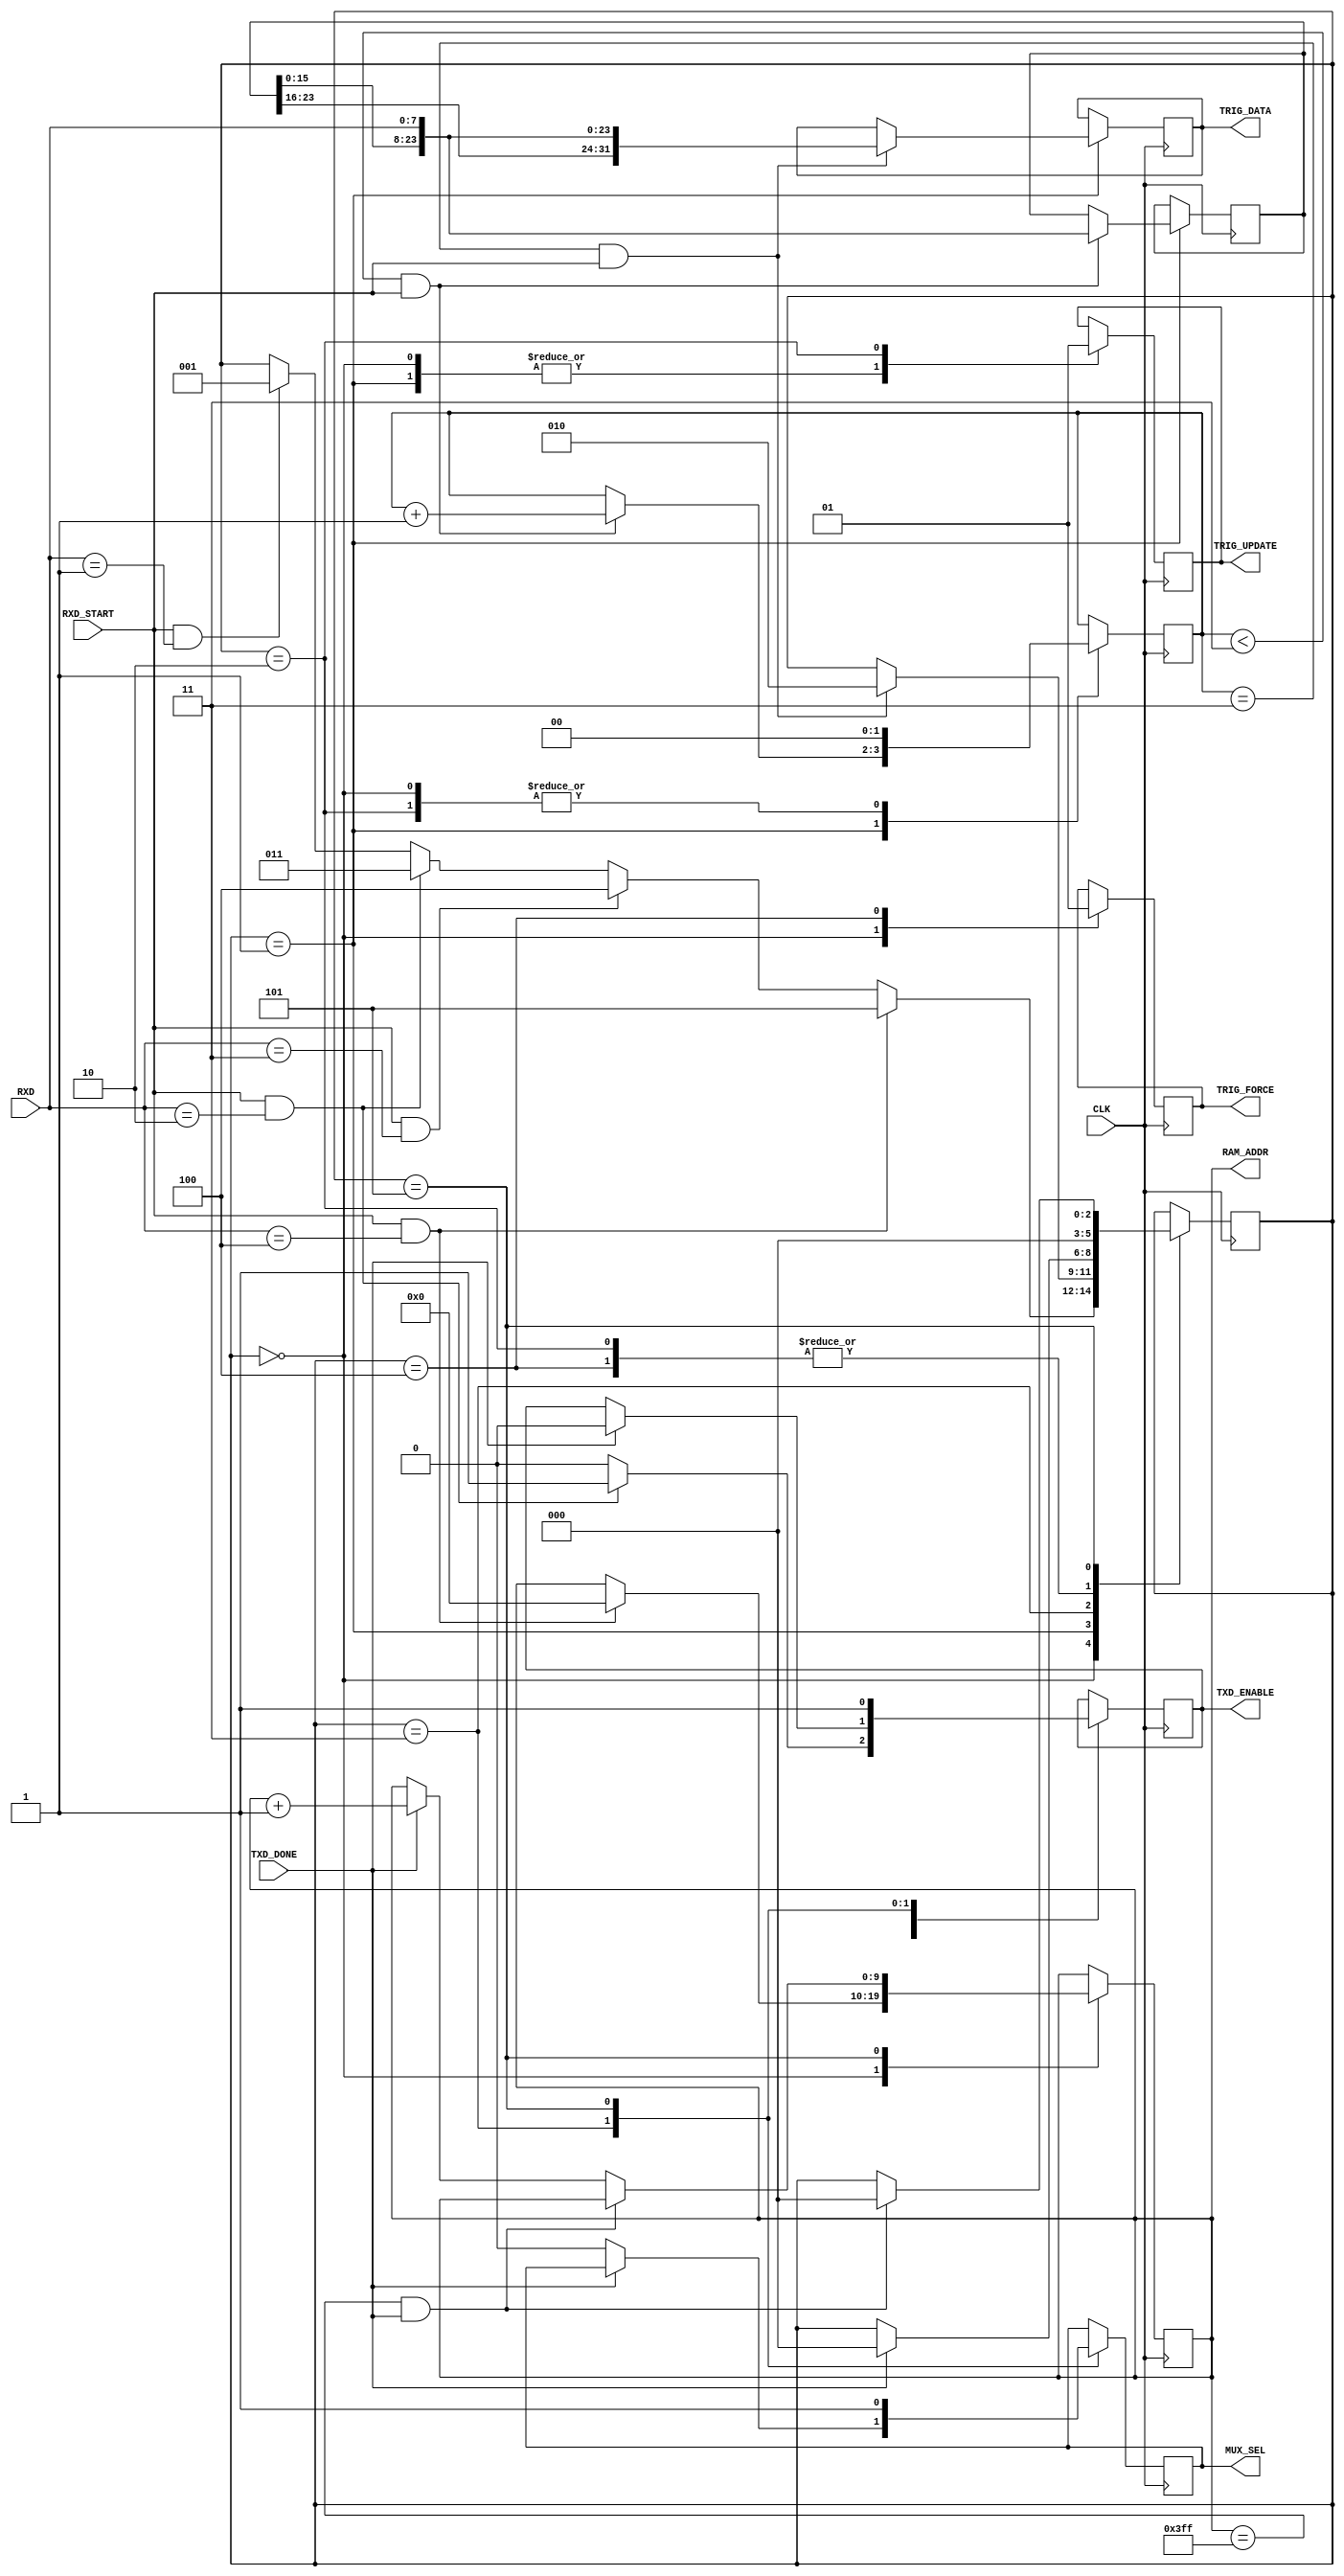
module INSTRUCTION_DECODER(input CLK, input [7:0] RXD, input RXD_START, input TXD_DONE, output TXD_ENABLE, output reg MUX_SEL,
									output reg [9:0] RAM_ADDR, output reg [31:0] TRIG_DATA, output reg TRIG_UPDATE, output reg TRIG_FORCE);

/*0x01 SET TRIG CONDITION
 *0x02 CHECK TRIGGERED
 *0x03 FORCE TRIGGER
 *0x04 READ DATA
 */

reg [2:0] STATE=0; /* 0 IDLE
					* 1 SET TRIG CONDITION
					* 2 SEND TRIG COMMAND
					* 3 GET TRIGGERED
					* 4 FORCE TRIG
					* 5 READ
					*/
reg [1:0] COUNT; //no. of bytes received
reg [23:0] TMP;
//reg TXD_ENABLE_INT; //uncomment for postiive edge-triggered TXD_ENABLE
reg TXD_ENABLE_INT;
assign TXD_ENABLE=TXD_ENABLE_INT;
//always@(posedge CLK) TXD_ENABLE<=TXD_ENABLE_INT;

always@(posedge CLK)
	case(STATE)
		0: begin
				TXD_ENABLE_INT<=0;
				TRIG_UPDATE<=0;
				TRIG_FORCE<=0;
				COUNT<=0;
				if(RXD_START && RXD==1) begin
													STATE<=1;
													COUNT<=0;
												end
				if(RXD_START && RXD==2) begin
												STATE<=3;
												TXD_ENABLE_INT<=1;
												end
				if(RXD_START && RXD==3) STATE<=4;
				if(RXD_START && RXD==4) begin
												STATE<=5;
												RAM_ADDR<=0;
												//TXD_ENABLE_INT<=1;
												end
			end
		1: begin
				TRIG_UPDATE<=0;
				if(COUNT<3 && RXD_START) begin
												 COUNT<=COUNT+1;
												 TMP<={TMP[15:0], RXD};
												 end
				if(COUNT==3 && RXD_START) begin
												  TRIG_DATA<={TMP[23:0], RXD};
												  STATE<=2;
												  end
			end
		2: begin
				TRIG_UPDATE<=1;
				COUNT<=0;
				STATE<=0;
			end
		3: begin
		//		TXD_ENABLE_INT<=0;
				if(TXD_DONE) begin
								 STATE<=0;
								 TXD_ENABLE_INT<=0;
								 end
					else MUX_SEL<=0;
			end
		4: begin
				TRIG_FORCE<=1;
				STATE<=0;
			end
		5: begin
				MUX_SEL<=1;
				//TXD_ENABLE_INT<=0;
				TXD_ENABLE_INT<=1;
				if(RAM_ADDR==1023 && TXD_DONE) STATE<=0;
				else begin
					  if(TXD_DONE) begin
										RAM_ADDR<=RAM_ADDR+1;
										// TXD_ENABLE_INT<=1;
										end
					  end
			end
	endcase

endmodule